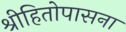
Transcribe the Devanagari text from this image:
श्रीहितोपासना